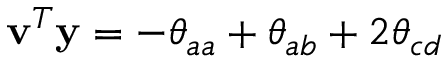
\mathbf { v } ^ { T } \mathbf { y } = - \theta _ { a a } + \theta _ { a b } + 2 \theta _ { c d }